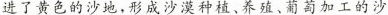
进了黄色的沙地，形成沙漠种植、养殖、葡萄加工的沙